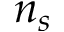
n _ { s }